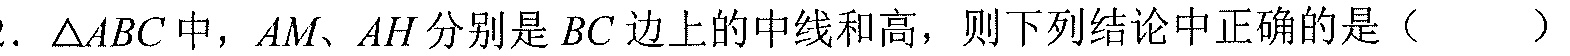
. \(\triangle ABC\)中，\(AM\)、\(AH\)分别是\(BC\)边上的中线和高，则下列结论中正确的是（  ）